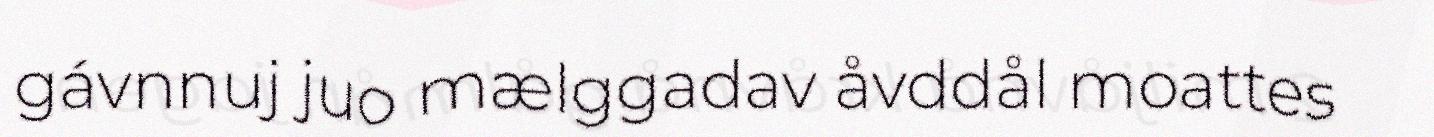
gávnnuj juo mælggadav åvddål moattes